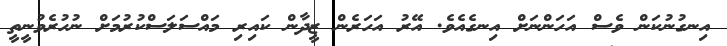
އިނގުނުކަން ވެސް އަހަންނަށް އިނގެއެވެ. އޭރު އަހަރެން ޒީދާން ކައިރި މައްސަލަސްކުރުމަށް ނުހުރެވުނީތީ